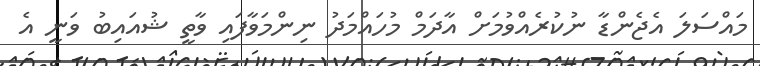
މައްސަލަ އެޖެންޑާ ނުކުރެއްވުމަށް އާދަމް މުހައްމަދު ނިންމަވާފައި ވާތީ ޝުއައިބު ވަނީ އެ